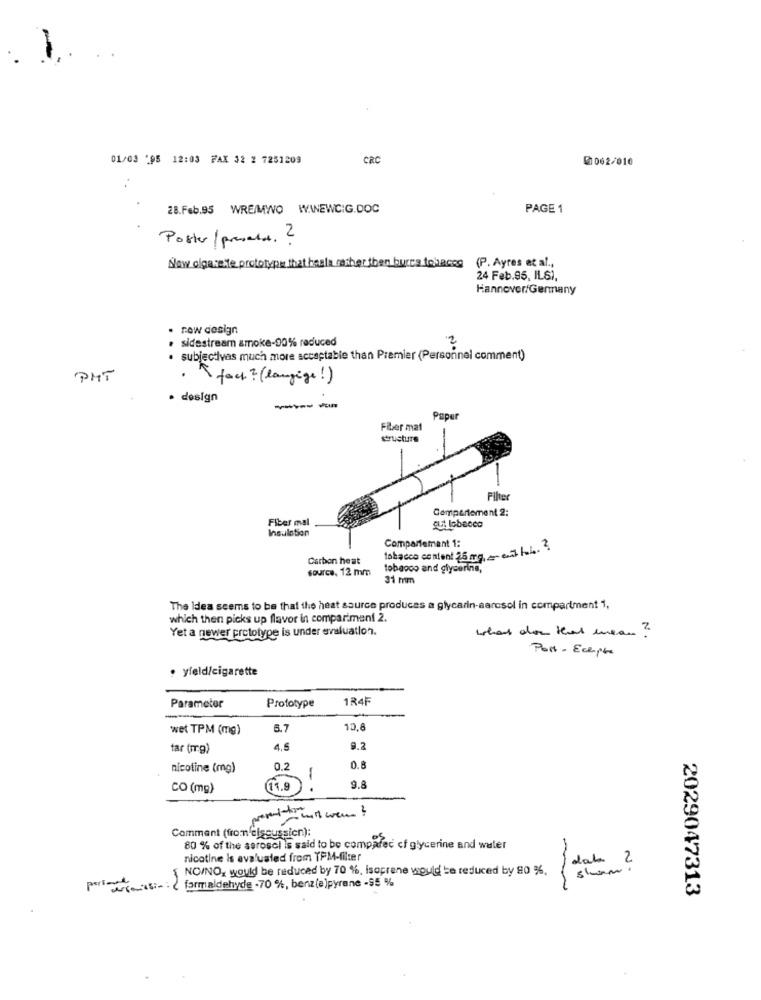
01/03 '95 12:03 FAX 32 2 7251209
CRC
0062/010
28.Feb.95 WRE/MWO WWNEWCIG.DOC
PAGE 1
Poster / presela. ?
Now cigarette prototype that hasla rather than burce tohaces (P. Ayres et al .,
24 Feb.95, ILS),
Hannover/Germany
. raw design
sidestream smoke-90% reduced
. subjectivas much more acceptable than Premier (Personnel comment)
PHT
· T fact ? (langige! )
· design
--
Paper
Fiber mat
structure
Filter
Compartoment 2:
Fiber mal
Insulation
cut lobecca
Compartemant 1:
tobacco content 35 mg = et lub.2
Carbon heat
source. 12 mm
tobacco and glycerine,
31 mm
The Idea seems to be that the heat source produces a glycarin-aarcsol in compartment 1,
which then picks up flavor in compariment 2.
Yet a newer prototype is under evaluation.
what don that mean?
Port - Ecept
· yield/cigarette
1R4F
Parameter
Prototype
wet TPM (mg)
6.7
10.8
tar (mg)
4,5
9.2
nicotine (mg)
0.2
0.8
-
CO (mg)
11.9
.
9.8
Comment (from'discussion):
80 % of the aerosol is said to be compafec of glycerine and water
nicotine is evaluated from TPM-filter
NO/NO, would be reduced by 70 %, Isoprene would be reduced by 80 %,
sham
Per Transi: formaldehyde ·70 %, benz(e)pyrone -55 %
~
2029047313